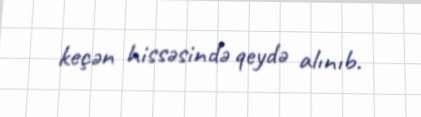
keçən hissəsində qeydə alınıb.